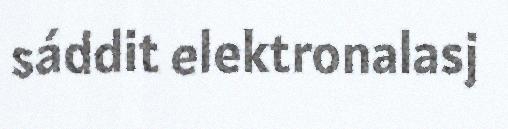
sáddit elektronalasj